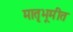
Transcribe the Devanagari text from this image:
मातृभूमीत